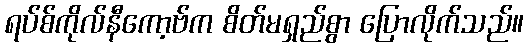
ရပ်စ်ကိုလ်နီကော့ဗ်က စိတ်မရှည်စွာ ပြောလိုက်သည်။